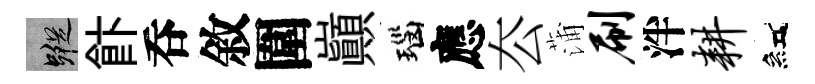
蹤飰呑敘圍巔瑙應厺蒲刷泮耕紅